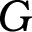
G